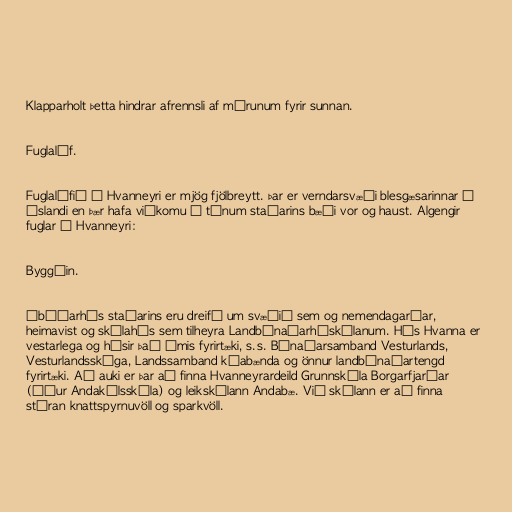
Klapparholt þetta hindrar afrennsli af mýrunum fyrir sunnan.

Fuglalíf.

Fuglalífið á Hvanneyri er mjög fjölbreytt. Þar er verndarsvæði blesgæsarinnar á
Íslandi en þær hafa viðkomu á túnum staðarins bæði vor og haust. Algengir
fuglar á Hvanneyri:

Byggðin.

Íbúðarhús staðarins eru dreifð um svæðið sem og nemendagarðar,
heimavist og skólahús sem tilheyra Landbúnaðarháskólanum. Hús Hvanna er
vestarlega og hýsir það ýmis fyrirtæki, s.s. Búnaðarsamband Vesturlands,
Vesturlandsskóga, Landssamband kúabænda og önnur landbúnaðartengd
fyrirtæki. Að auki er þar að finna Hvanneyrardeild Grunnskóla Borgarfjarðar
(áður Andakílsskóla) og leikskólann Andabæ. Við skólann er að finna
stóran knattspyrnuvöll og sparkvöll.